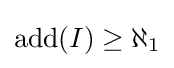
\operatorname {add} (I)\geq \aleph _{1}